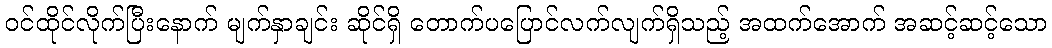
ဝင်ထိုင်လိုက်ပြီးနောက် မျက်နှာချင်း ဆိုင်ရှိ တောက်ပပြောင်လက်လျက်ရှိသည့် အထက်အောက် အဆင့်ဆင့်သော